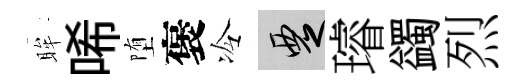
眸唏堕褒冷覂璿蠲烈